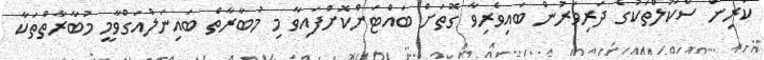
ކުރިން ސްކޫލްތަކުގެ ދަރިވަރުން ބައިވެރިވާ ގޮތަށް ބައްޓަންކޮށްފައިވާ މި މުބާރާތް ބައިނަލްއަގްވާމީ މުބާރާތްތަކާ